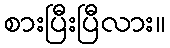
စားပြီးပြီလား။